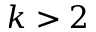
k > 2